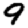
Digit: 9